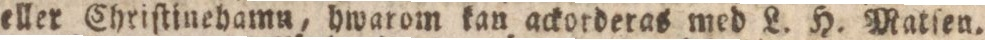
eller Chriſtinehamn, hwarom kan ackotderas med L. H. Matſen.